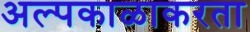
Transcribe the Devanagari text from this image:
अल्पकाळाकरता